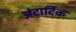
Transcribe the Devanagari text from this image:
अंटार्टिक